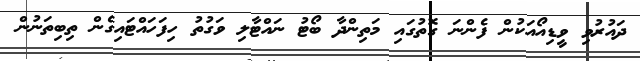
ދައުރުވި ވީޑިއޯއަކުން ފެންނަ ގޮތުގައި މަތިންދާ ބޯޓު ނައްޓާލި ވަގުތު ހިފަހައްޓައިގެން ތިބިތަނުން